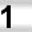
Digit: 1